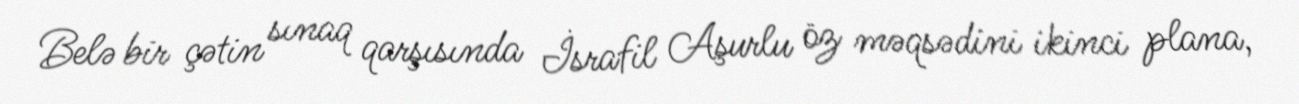
Belə bir çətin sınaq qarşısında İsrafil Aşurlu öz məqsədini ikinci plana,